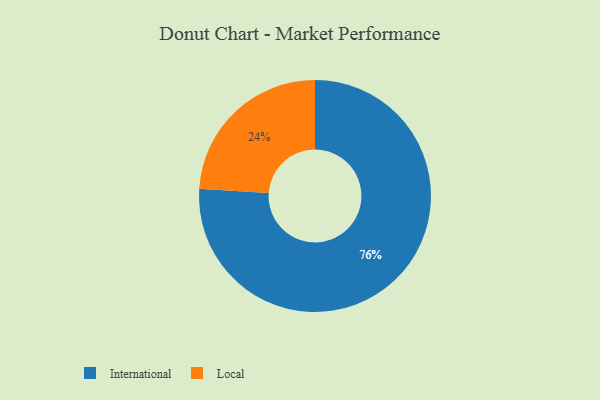
{"axis": {"x": "Category", "y": "Percentage"}, "legend": ["International", "Local"], "data": [{"x": "International", "y": 76, "type": "International"}, {"x": "Local", "y": 24, "type": "Local"}]}